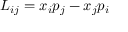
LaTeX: L _ { i j } = x _ { i } p _ { j } - x _ { j } p _ { i }